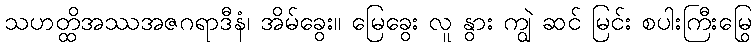
သဟတ္ထိအဿအဇဂရာဒီနံ၊ အိမ်ခွေး။ မြေခွေး လူ နွား ကျွဲ ဆင် မြင်း စပါးကြီးမြွေ